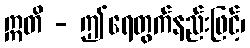
ဣတိ - ဤရေတွက်နည်းဖြင့်၊